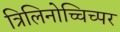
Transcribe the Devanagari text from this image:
त्रिलिनोच्चिच्पर